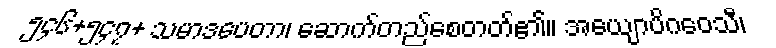
၅၄၆+၅၄၇+ သမာဒပေတာ၊ ဆောက်တည်စေတတ်၏။ အယျောပိဂဝေသီ၊